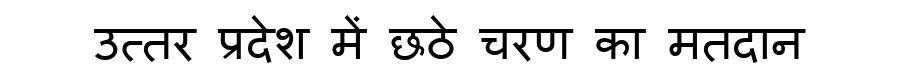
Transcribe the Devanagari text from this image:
उत्तर प्रदेश में छठे चरण का मतदान